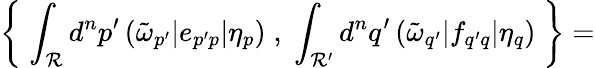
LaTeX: \left\{ \; \int_{\cal R}d^{n}p^{\prime}\, (\tilde{\omega}_{p^{\prime}}|e_{p^{\prime}p}|\eta_{p})\; ,\; \int_{\cal R^{\prime}}d^{n}q^{\prime}\, (\tilde{\omega}_{q^{\prime}}|f_{q^{\prime}q}|\eta_{q})\; \right\} =